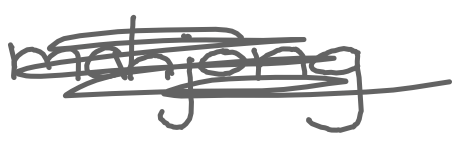
Text: mahjong
Cross-out: scratch
Writing tool: digital_gray